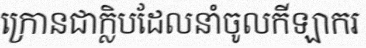
ក្រោនជាក្លិបដែលនាំចូលកីឡាករ